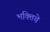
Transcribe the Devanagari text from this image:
भक्तिचे